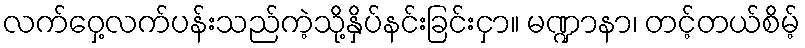
လက်ဝှေ့လက်ပန်းသည်ကဲ့သို့နှိပ်နင်းခြင်းငှာ။ မဏ္ဍာနာ၊ တင့်တယ်စိမ့်